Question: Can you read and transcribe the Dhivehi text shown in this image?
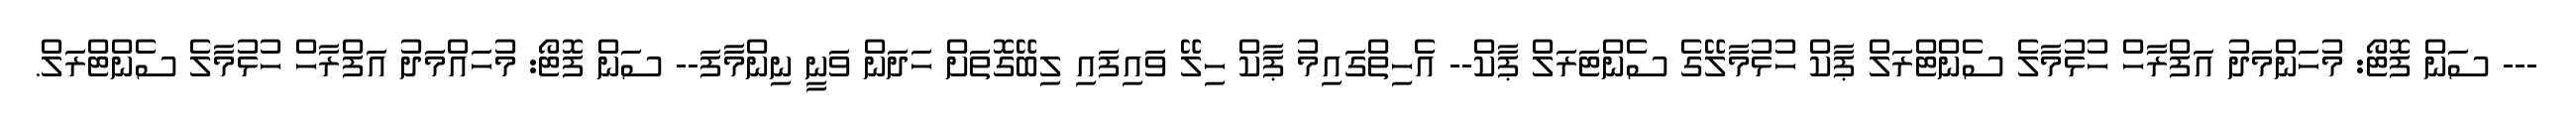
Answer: --- ސަން ފޮޓޯ: މުހަންމަދު އަފްރާހް ހުޅުމާލެ ސެންޓްރަލް ޕާކް ހުޅުމާލޭގެ ސެންޓަރަލް ޕާކް-- އެހިތްގައިމު ޕާކް ހިލޭ ވައިފައި ލިބޭގޮތަށް ހަދަން ވަނީ ނިންމާފަ-- ސަން ފޮޓޯ: މުހައްމަދު އަފްރާހް ހުޅުމާލެ ސެންޓްރަލް.